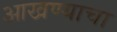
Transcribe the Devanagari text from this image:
आखण्याचा